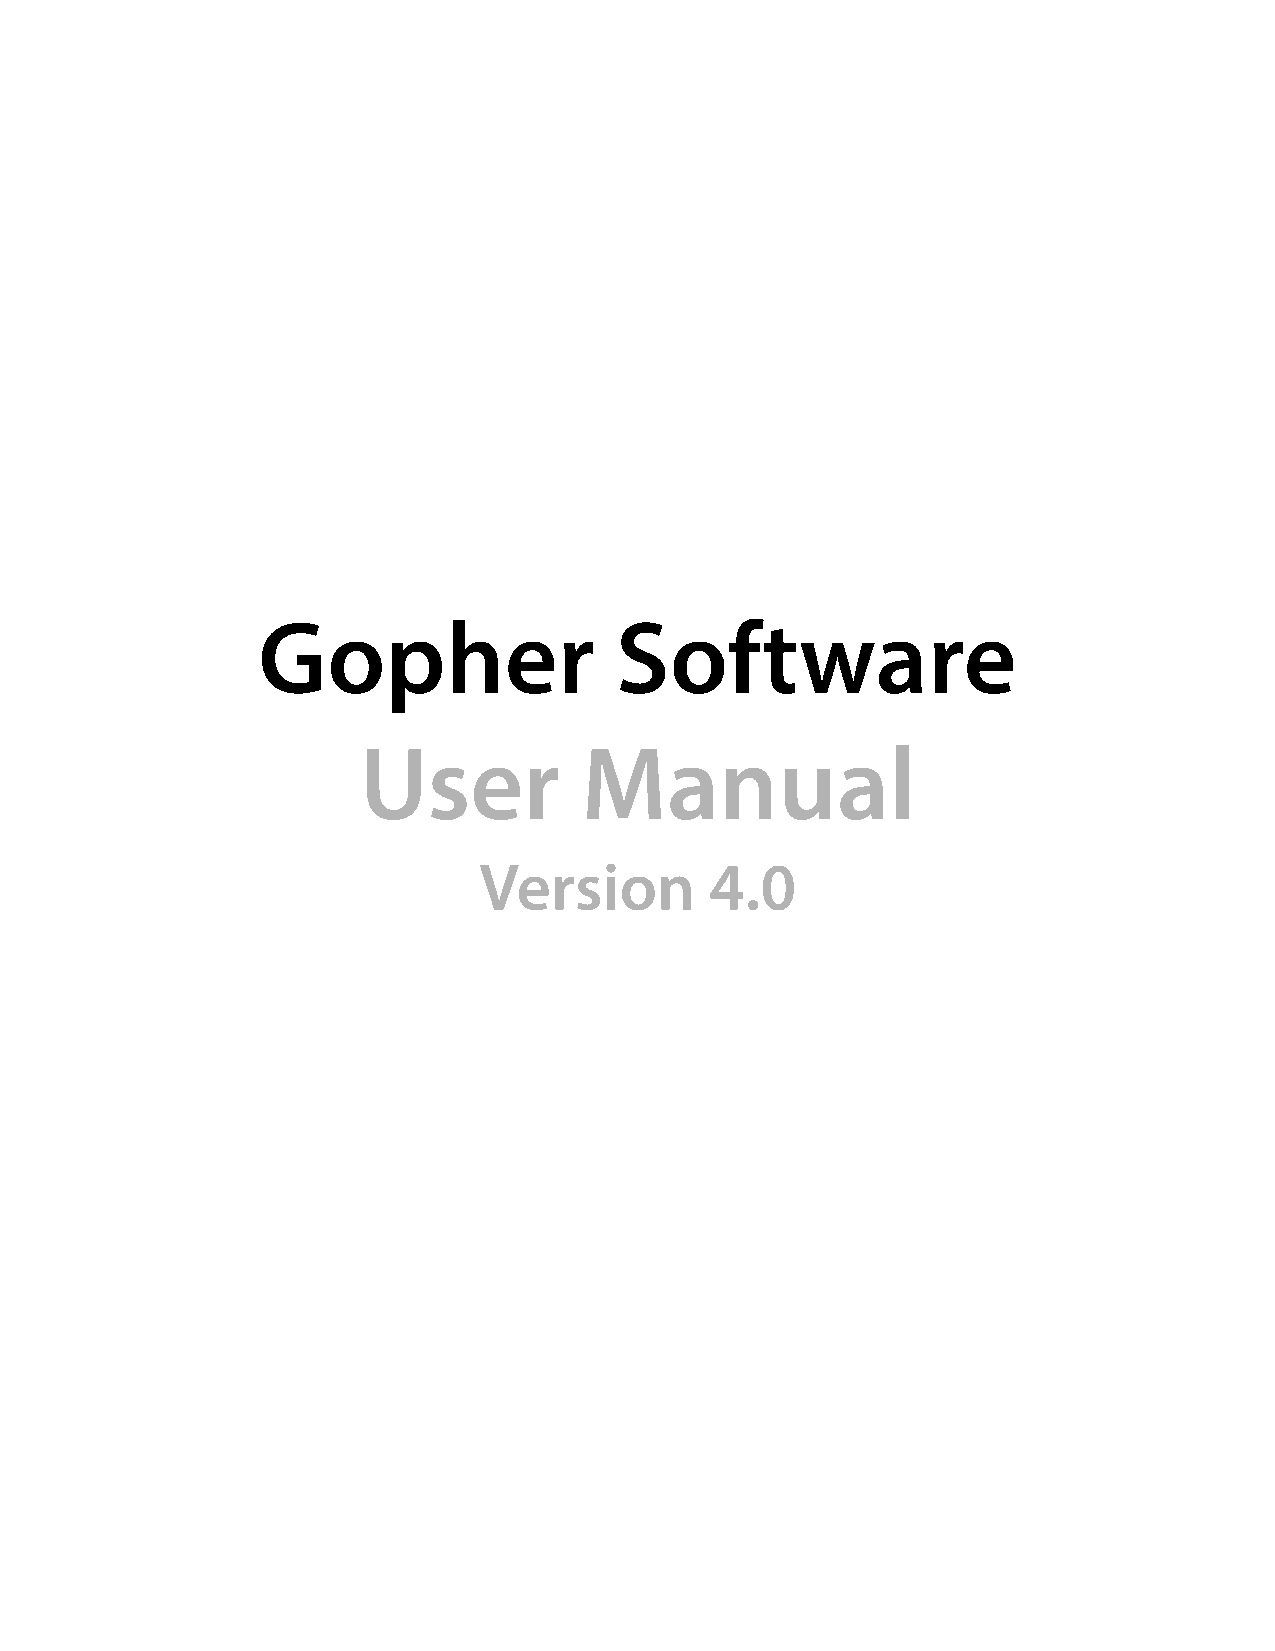
Gopher                  Software
 User          Manual
 Version        4.0